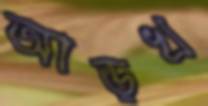
আড়খ